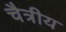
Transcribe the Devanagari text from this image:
चैत्रीय